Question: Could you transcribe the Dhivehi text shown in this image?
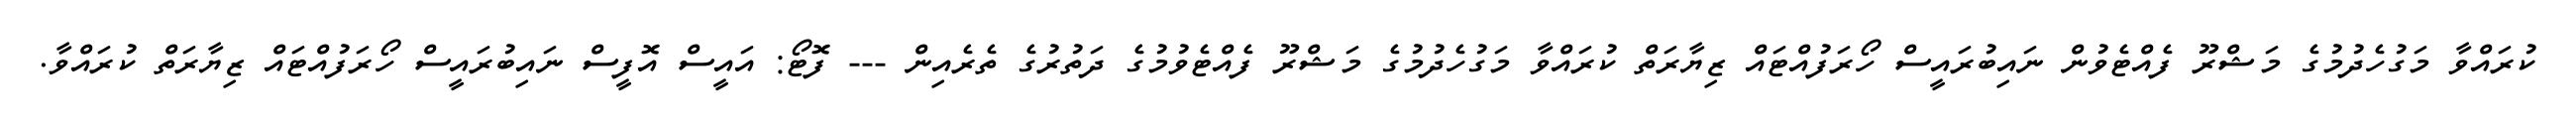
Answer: ކުރައްވާ މަގުހެދުމުގެ މަޝްރޫ ފެއްޓެވުން ނައިބުރައީސް ހޯރަފުއްޓައް ޒިޔާރަތް ކުރައްވާ މަގުހެދުމުގެ މަޝްރޫ ފެއްޓެވުމުގެ ދަތުރުގެ ތެރެއިން --- ފޮޓޯ: އައީސް އޮފީސް ނައިބުރައީސް ހޯރަފުއްޓައް ޒިޔާރަތް ކުރައްވާ.